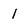
Character: 1